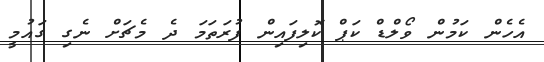
އެހެން ކަމުން ވޯލްޑް ކަޕް ކޮލިފައިން ފުރަތަަމަ ދެ މެޗަށް ނެގި ގައުމީ